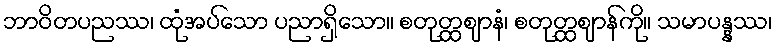
ဘာဝိတပညဿ၊ ထုံအပ်သော ပညာရှိသော။ စတုတ္ထဈာနံ၊ စတုတ္ထဈာန်ကို။ သမာပန္နဿ၊